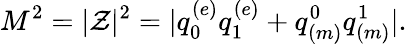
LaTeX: M^{2}=|\mathcal{Z}|^{2}=|q_{0}^{(e)}q_{1}^{(e)}+q_{(m)}^{0}q_{(m)}^{1}|.